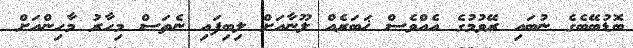
ބޮޑުބޭބެގެ ނުބައި ރޭވުމުގެ އެއްވެސް ޚަބަރެއް ލޫނާއަށް ލިބިފައި ނެތަސް މިހާރު މާހިންއަށް